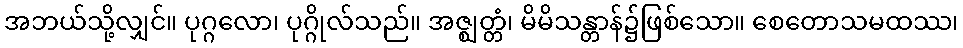
အဘယ်သို့လျှင်။ ပုဂ္ဂလော၊ ပုဂ္ဂိုလ်သည်။ အဇ္ဈတ္တံ၊ မိမိသန္တာန်၌ဖြစ်သော။ စေတောသမထဿ၊